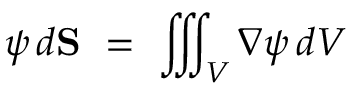
\psi \, d \mathbf { S } \ = \ \iiint _ { V } \nabla \psi \, d V